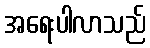
အရေးပါလာသည်